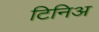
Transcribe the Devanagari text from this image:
टिनिअ